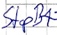
Text: StopB1